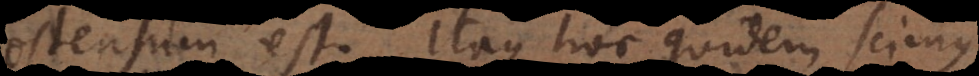
ostensum est. Itaque hoc quidem scimus